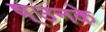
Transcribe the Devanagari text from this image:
ष्उनके